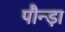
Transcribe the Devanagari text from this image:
पौन्ड़ा